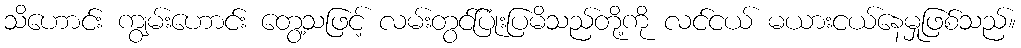
သိဟောင်း ကျွမ်းဟောင်း တွေ့သဖြင့် လမ်းတွင်ပြုံးပြမိသည်တို့ကို လင်ငယ် မယားငယ်နေမှုဖြစ်သည်။